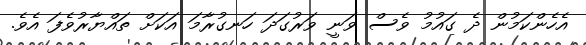
އެހެންކަމުން ދެ ގައުމު ވެސް ވަނީ ވަރުގަދަ ހަނގުރާމަ އަކަށް ތައްޔާރުވެފަ އެވެ.